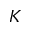
K